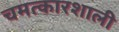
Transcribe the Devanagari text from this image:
चमत्कारशाली